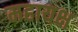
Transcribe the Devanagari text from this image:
महायक्ष